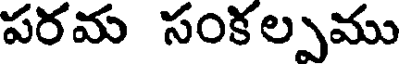
పరమ సంకల్పము